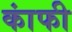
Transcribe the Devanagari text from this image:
कांफी